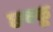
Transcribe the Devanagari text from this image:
छक्कू